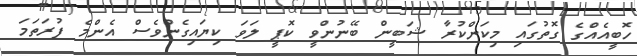
ހޮބީއެއްގެ ގޮތުގައި މިކަންކުރާ ޝަބީން ބޭނުންވީ ކޮޕީ ލަވަ ކިޔައިގެންވެސް އެންމެ ފުރަތަމަ